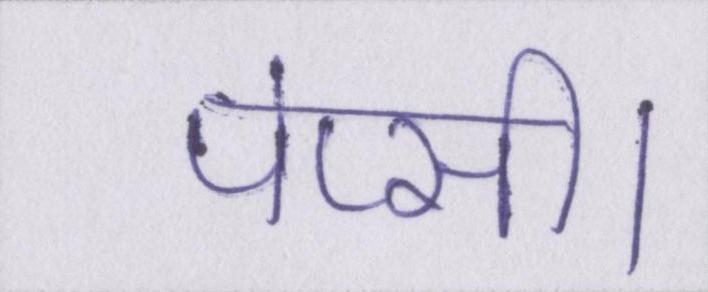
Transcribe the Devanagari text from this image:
पेप्सी।